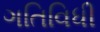
ગતિવિધી